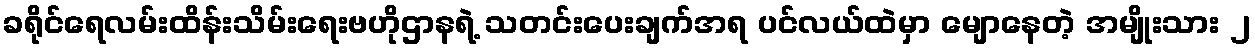
ခရိုင်ရေလမ်းထိန်းသိမ်းရေးဗဟိုဌာနရဲ့ သတင်းပေးချက်အရ ပင်လယ်ထဲမှာ မျောနေတဲ့ အမျိုးသား ၂